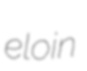
eloin